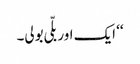
‘‘ ایک اور بلّی بولی۔